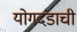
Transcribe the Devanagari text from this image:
योगदंडाची